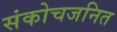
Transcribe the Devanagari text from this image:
संकोचजनित